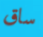
ساق